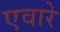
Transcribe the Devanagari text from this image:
एवारे